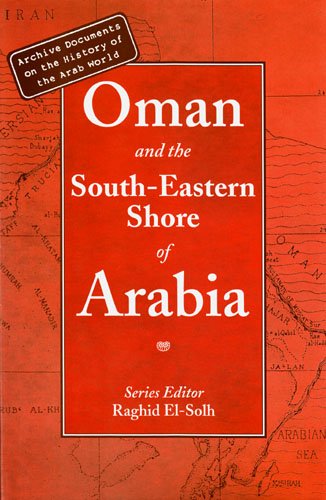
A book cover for Oman and the South-Eastern Shore of Arabia (Archive documents on the history of the Arab world series); Raghid El-Solh; History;